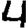
Digit: 4